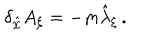
\delta _ { \hat { \chi } } A _ { \xi } = - m \hat { \lambda } _ { \xi } \, .